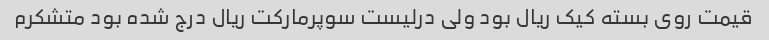
قیمت روی بسته کیک ریال بود ولی درلیست سوپرمارکت ریال درج شده بود متشکرم